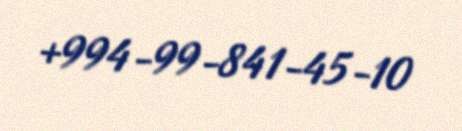
+994-99-841-45-10